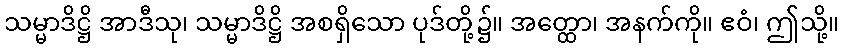
သမ္မာဒိဋ္ဌိ အာဒီသု၊ သမ္မာဒိဋ္ဌိ အစရှိသော ပုဒ်တို့၌။ အတ္ထော၊ အနက်ကို။ ဧဝံ၊ ဤသို့။